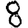
Digit: 8